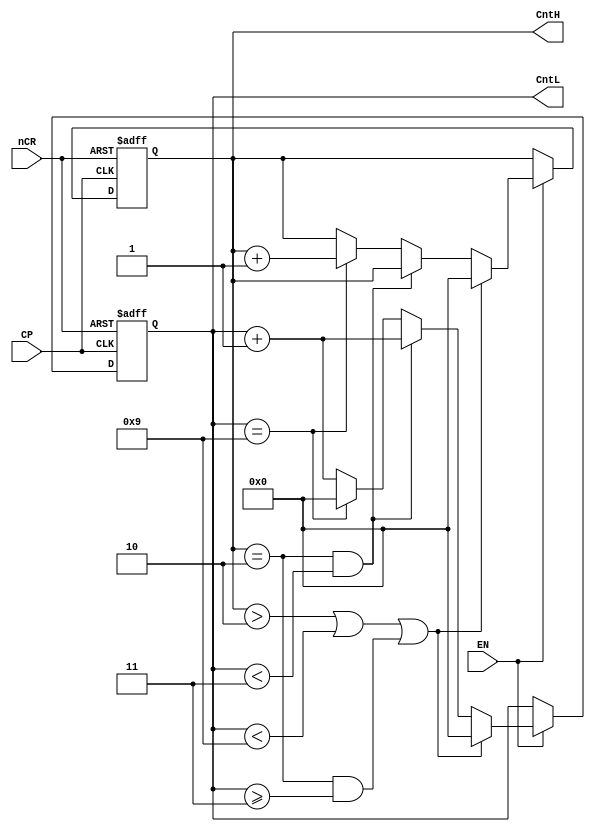

//counter24
module counter24(CntH,CntL,nCR,EN,CP);
	input CP,nCR,EN;		//clock-CP,clear-nCR,EN
	output [3:0] CntH,CntL;	//hour counter, tens digit, ones digit
	reg [3:0]  CntH,CntL;
	
	always@(posedge CP or negedge nCR)
	begin
		if(~nCR)
			{CntH,CntL}<=8'h00;   // asynchronous clear
		else if (~EN) 
			{CntH,CntL}<={CntH,CntL};// 
		else if ((CntH>2)||(CntL<9)||((CntH==2)&&(CntL>=3)))
			{CntH,CntL}<=8'h00;   //action to counter errors
		else if ((CntH==2)&&(CntL<3))
			begin
				CntH<=CntH;
				CntL<=CntL+1'b1;
			end
		else if (CntL==9)
			begin
				CntH<=CntH+1'b1;
				CntL<=4'b00;
			end
		else 
			begin
				CntH<=CntH;
				CntL<=CntL+1'b1;
			end	
	end
endmodule